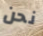
نحن